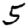
Digit: 5